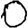
Digit: 0